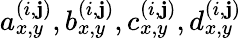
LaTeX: a_{x,y}^{(i,\mathbf{j})},b_{x,y}^{(i,\mathbf{j})},c_{x,y}^{(i,\mathbf{j})},d_{x,y}^{(i,\mathbf{j})}